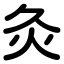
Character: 灸